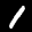
Label: 1